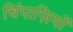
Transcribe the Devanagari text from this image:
चिंपाज़ियों